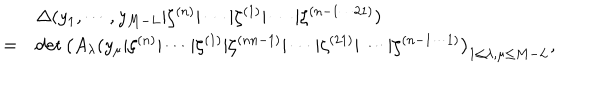
LaTeX: \begin{array} { c l } { { } } & { { \Delta ( y _ { 1 } , \cdots , y _ { M - L } | \zeta ^ { ( n ) } | \cdots | \zeta ^ { ( 1 ) } | \cdots | \zeta ^ { ( n - 1 \cdots 2 1 ) } ) } } \\ { { = } } & { { \det \left( A _ { \lambda } ( y _ { \mu } | \zeta ^ { ( n ) } | \cdots | \zeta ^ { ( 1 ) } | \zeta ^ { ( n n - 1 ) } | \cdots | \zeta ^ { ( 2 1 ) } | \cdots | \zeta ^ { ( n - 1 \cdots 1 ) } \right) _ { 1 \leq \lambda , \mu \leq M - L } , } } \\ \end{array}